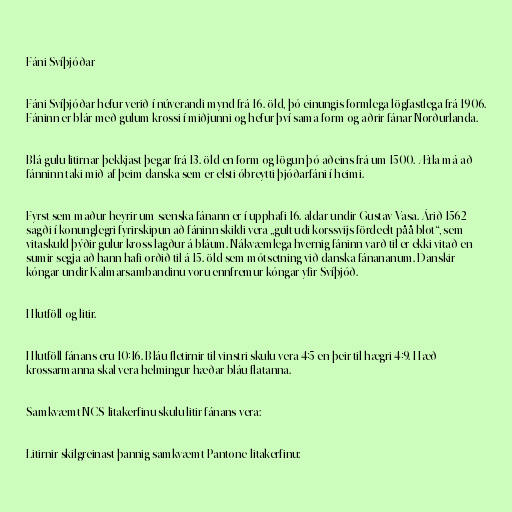
Fáni Svíþjóðar

Fáni Svíþjóðar hefur verið í núverandi mynd frá 16. öld, þó einungis formlega lögfastlega frá 1906.
Fáninn er blár með gulum krossi í miðjunni og hefur því sama form og aðrir fánar Norðurlanda.

Blá-gulu litirnar þekkjast þegar frá 13. öld en form og lögun þó aðeins frá um 1500. Ætla má að
fánninn taki mið af þeim danska sem er elsti óbreytti þjóðarfáni í heimi.

Fyrst sem maður heyrir um sænska fánann er í upphafi 16. aldar undir Gustav Vasa. Árið 1562
sagði í konunglegri fyrirskipun að fáninn skildi vera „gult udi korssvijs fördeelt påå blot“, sem
vitaskuld þýðir gulur kross lagður á bláum. Nákvæmlega hvernig fáninn varð til er ekki vitað en
sumir segja að hann hafi orðið til á 15. öld sem mótsetning við danska fánananum. Danskir
kóngar undir Kalmarsambandinu voru ennfremur kóngar yfir Svíþjóð.

Hlutföll og litir.

Hlutföll fánans eru 10:16. Bláu fletirnir til vinstri skulu vera 4:5 en þeir til hægri 4:9. Hæð
krossarmanna skal vera helmingur hæðar bláu flatanna.

Samkvæmt NCS-litakerfinu skulu litir fánans vera:

Litirnir skilgreinast þannig samkvæmt Pantone-litakerfinu: